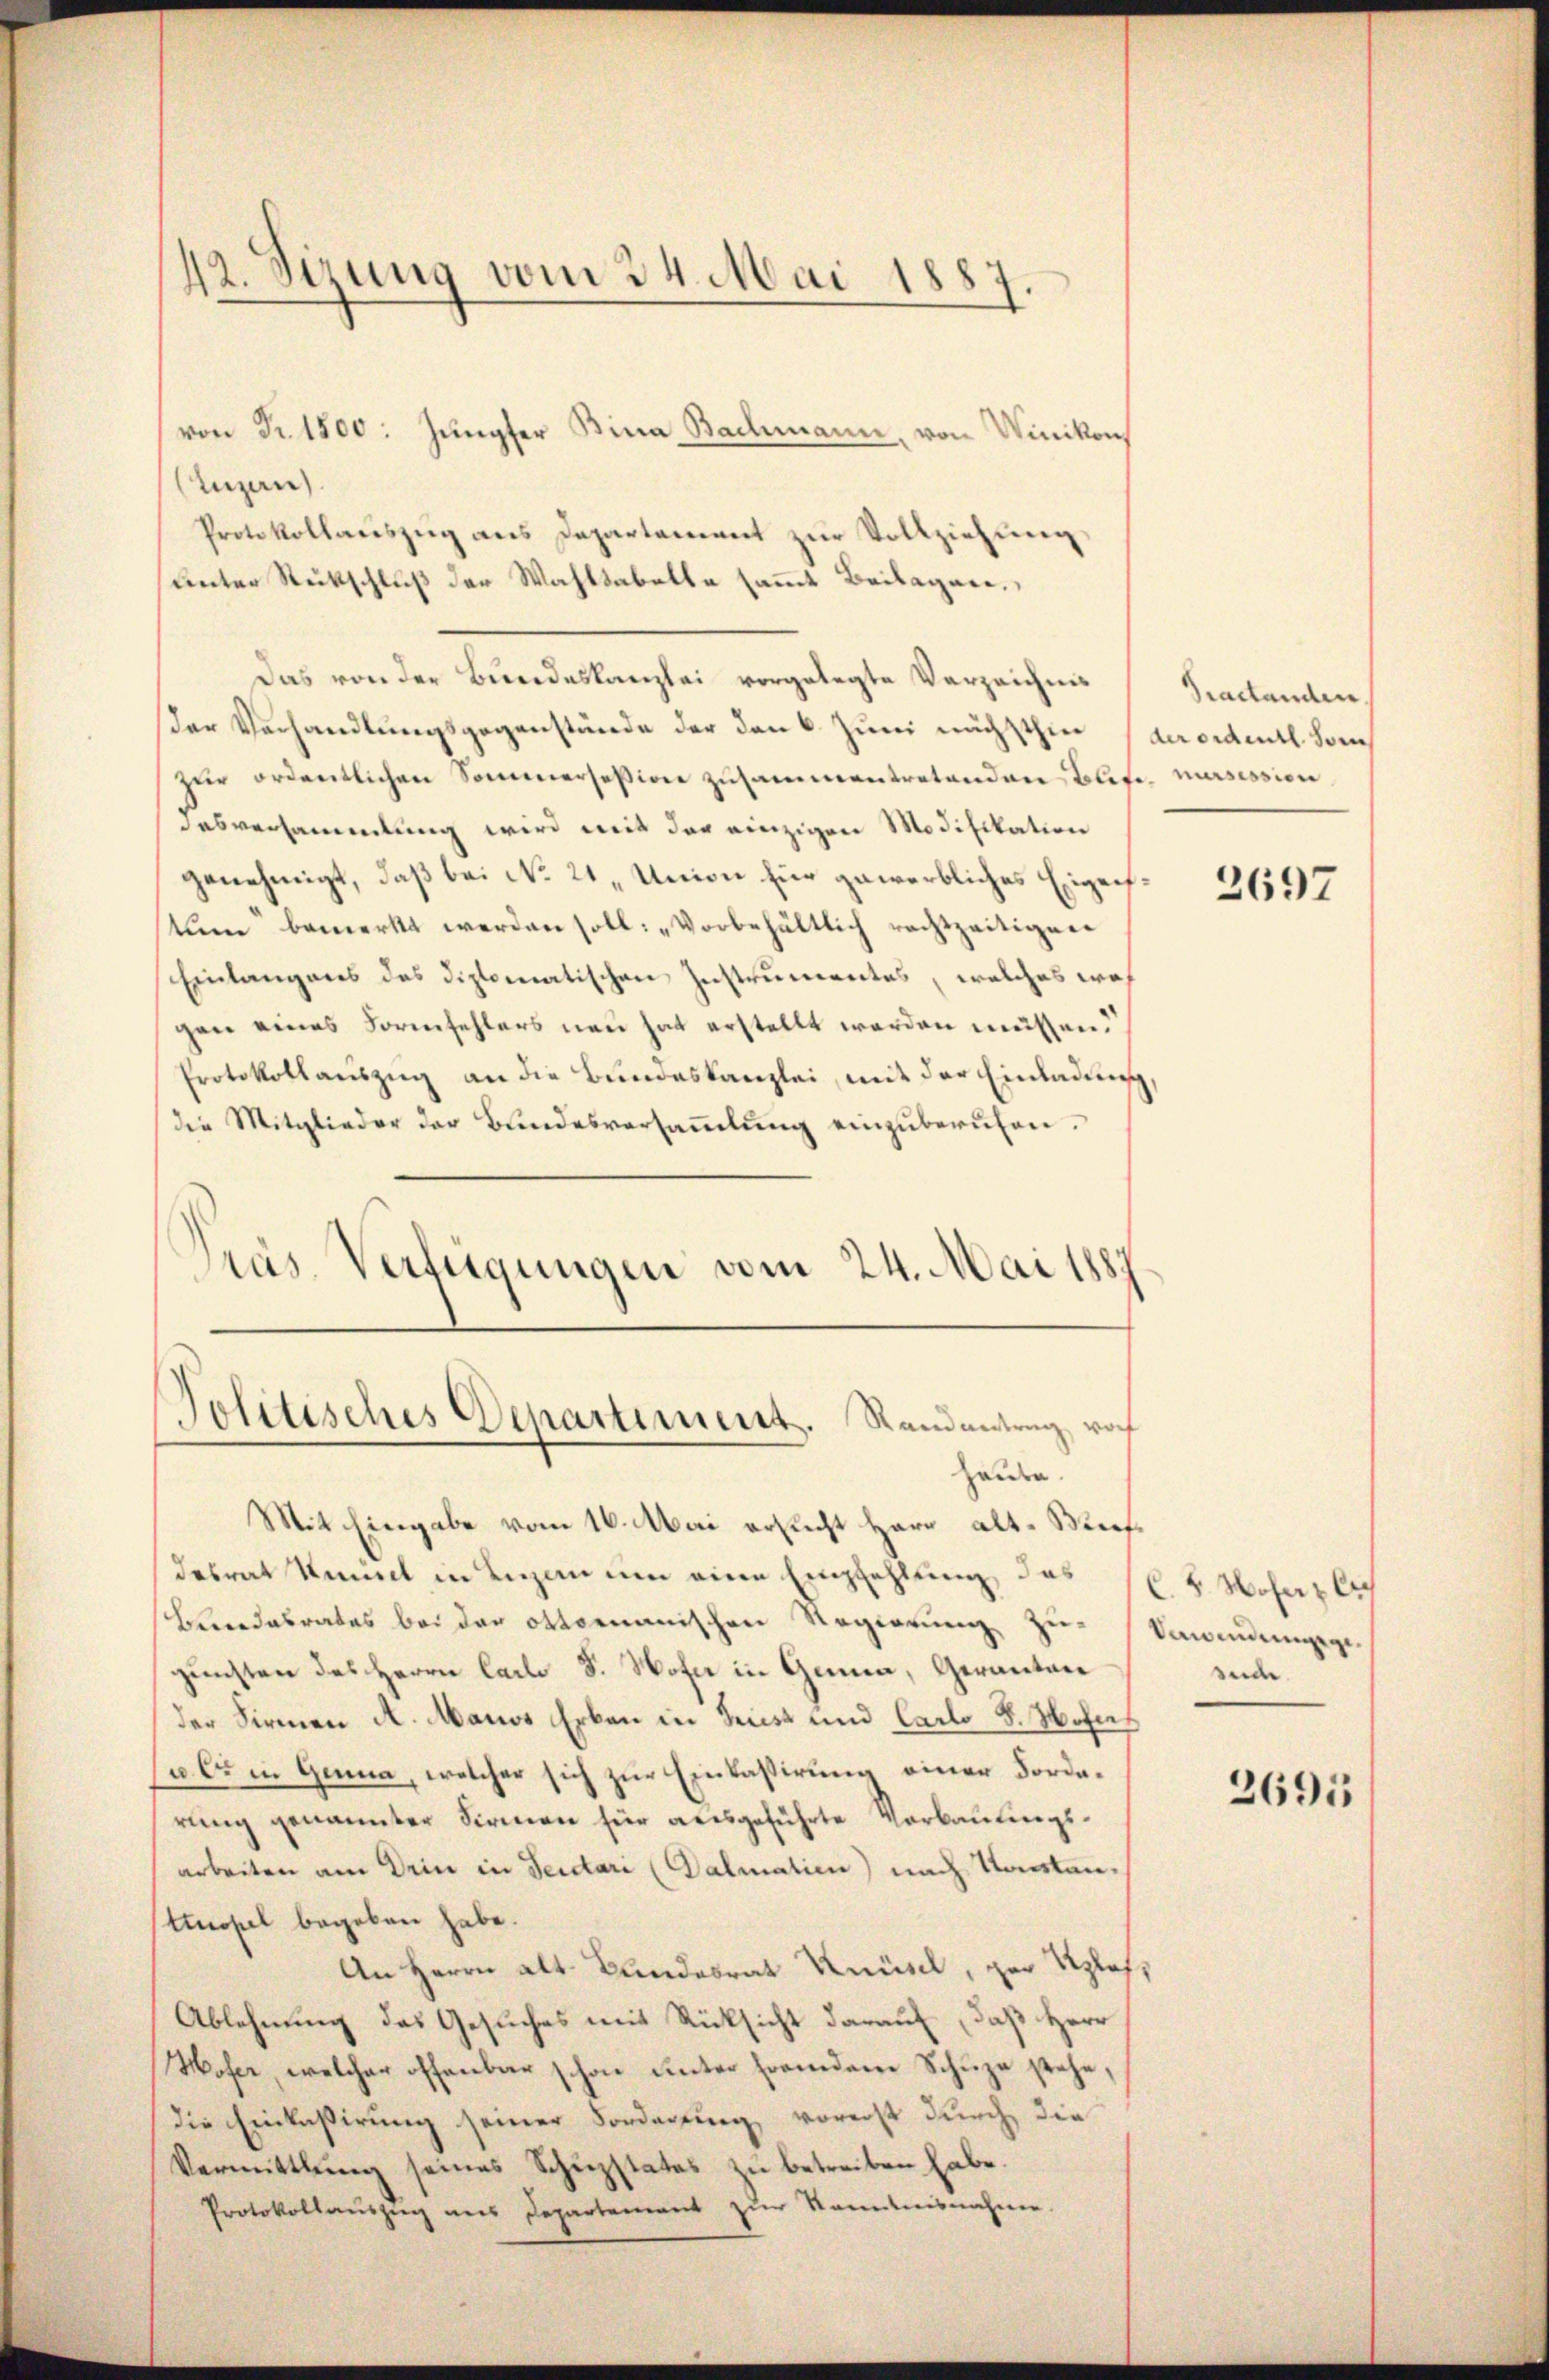
Lugan
Protokollaŭszŭg ans Departament zŭr Vollziehŭng
unter Rückschluß der Wahlsabelle sammt Beilagene
Das von der Bundeskanzlei vorgelegte Verzeichnis
der Verhandlungsgegenstände der den 6. Juni nächsthiee
zür ordentlichen Sommersesion zusammentretenden Blite, nisission
desversammlung wird mit der einzigen Modifikation
genehmigt, daß bei No 21. Union für gewerbliches Eigentŭm bemerkt werden soll: „Vorbehältlich rechtzeitigen
Einlangenes des diplomatischen Instrumentes, welches woh
gen eines Formfehlers neu hat erstellt werden müssen.
Protokollauszug an die Bundeskanzlei, mit der Einladung
die Mitglieder der Bŭndesversaṁlŭng einzŭberŭfen.
Präs. Verfügungen vom 24. Mai 1887
Jolitisches Departiment. Randantrag noch
heute.
Mit Eingabe vom 16. Mai ersucht Herr alt-Weifdesrat Kennt in Luzan um eine Empfehlung, das
Beredabrates bei der Ottomanischen Regierung zu-
gunsten des Herrn Carl S. Wohne in Gena, Gerantane
der Firmen A. Manos Erben in Triest und Carlo 8. Hofes
u es in Genua, welcher sich zur Einkassirung einer Forderung genannter Firmen für ausgeführte Verbauungsarbeiten am Drin in Secetari (Dalmatien) nach Kantontinopel begeben habe.
An Herrn alt. Bundesrat Knüsel, der Klaf¬
Ablehnung das Gesuches mit Rücksicht darauf, daß Herr
Wofer, welcher offenbar schon unter fremden Schuze stehe,
die Einkassirung seiner Forderung vorerst durch die
Vermittlung seines Schŭzstates zŭ betreiben habe.
Protokollaŭszŭg ans Departement zŭr Kenntnisnahme.

42. Sizung vom 24. Mai 1887.

von Fr. 1800. Jungfer Bina Bachmann, von Winikon

Practanden
der ordentl. Som

2697

C. 8. Woherzlich
dawinden gege
sede.

2695